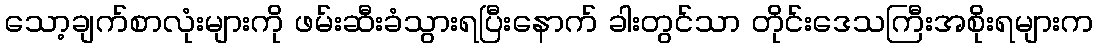
သော့ချက်စာလုံးများကို ဖမ်းဆီးခံသွားရပြီးနောက် ခါးတွင်သာ တိုင်းဒေသကြီးအစိုးရများက